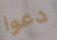
دعوا